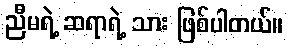
ညီမရဲ့ ဆရာရဲ့ သား ဖြစ်ပါတယ်။